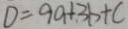
D = 9 a + 3 b + c